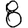
Digit: 8